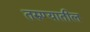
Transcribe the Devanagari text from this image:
तरुण्यातील